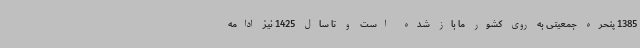
1385 پنحره جمعیتی به روی کشور ما باز شده است و تا سال 1425 نیز ادامه